Madras plague regulations in force outside the Presidency town - Volume 2
Disease focus: Plague
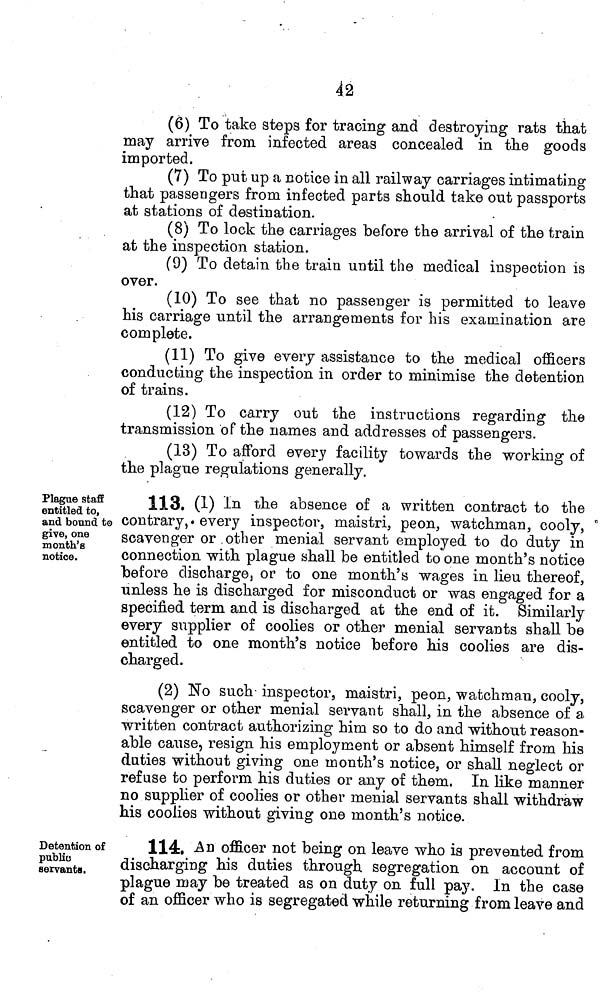
42
(6) To take steps for tracing and destroying rats that
may arrive from infected areas concealed in the goods
imported.
(7) To put up a notice in all railway carriages intimating
that passengers from infected parts should take out passports
at stations of destination.
(8) To lock the carriages before the arrival of the train
at the inspection station.
(9) To detain the train until the medical inspection is
over.
(10) To see that no passenger is permitted to leave
his carriage until the arrangements for his examination are
complete.
(11) To give every assistance to the medical officers
conducting the inspection in order to minimise the detention
of trains.
(12) To carry out the instructions regarding the
transmission of the names and addresses of passengers.
(13) To afford every facility towards the working of
the plague regulations generally.
Plague staff
entitled to,
and bound to
gi-ve, one
month's
notice.
113. (1) In tue absence of a written contract to the
contrary,» every inspector, maistri, peon, watchman, cooly,
scavenger or .other menial servant employed to do duty in
connection with plague shall be entitled to one month's notice
before discharge, or to one month's wages in lieu thereof,
unless he is discharged for misconduct or was engaged for a
specified term and is discharged at the end of it. Similarly
every supplier of coolies or other menial servants shall be
entitled to one month's notice before his coolies are dis-
charged.
(2) No such- inspector, maistri, peon, watchman, cooly,
scavenger or other menial servant shall, in the absence of a
written contract authorizing him so to do and without reason-
able cause, resign his employment or absent himself from his
daties without giving one month's notice, or shall neglect or
refuse to perform his duties or any of them. In like manner-
no supplier of coolies or other menial servants shall withdraw
his coolies without giving one month's notice.
Detention of
public
servants.
114. -AH officer not being on leave who is prevented from
discharging his duties through segregation on account of
plague may be treated as on duty on full pay. In the case
of an officer who is segregated while returning from leave and